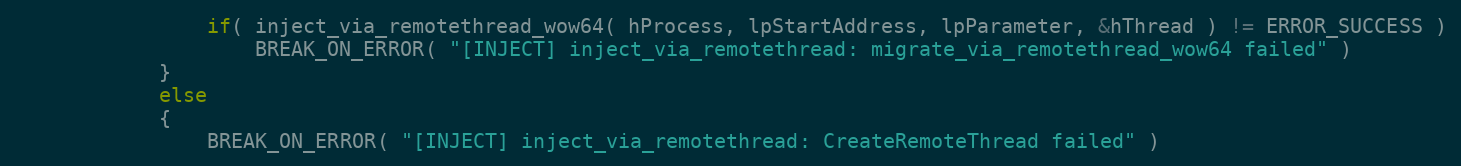
Language: C
				if( inject_via_remotethread_wow64( hProcess, lpStartAddress, lpParameter, &hThread ) != ERROR_SUCCESS )
					BREAK_ON_ERROR( "[INJECT] inject_via_remotethread: migrate_via_remotethread_wow64 failed" )
			}
			else
			{
				BREAK_ON_ERROR( "[INJECT] inject_via_remotethread: CreateRemoteThread failed" )